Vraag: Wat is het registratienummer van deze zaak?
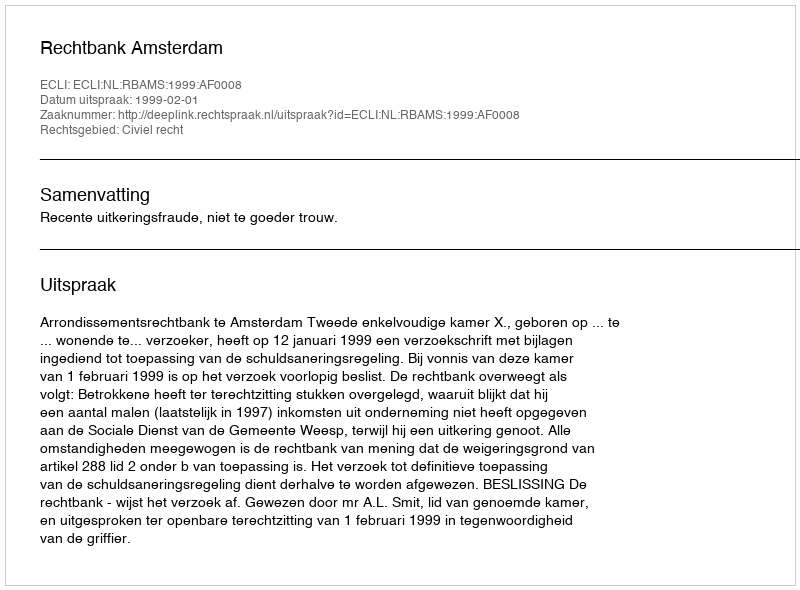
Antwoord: http://deeplink.rechtspraak.nl/uitspraak?id=ECLI:NL:RBAMS:1999:AF0008